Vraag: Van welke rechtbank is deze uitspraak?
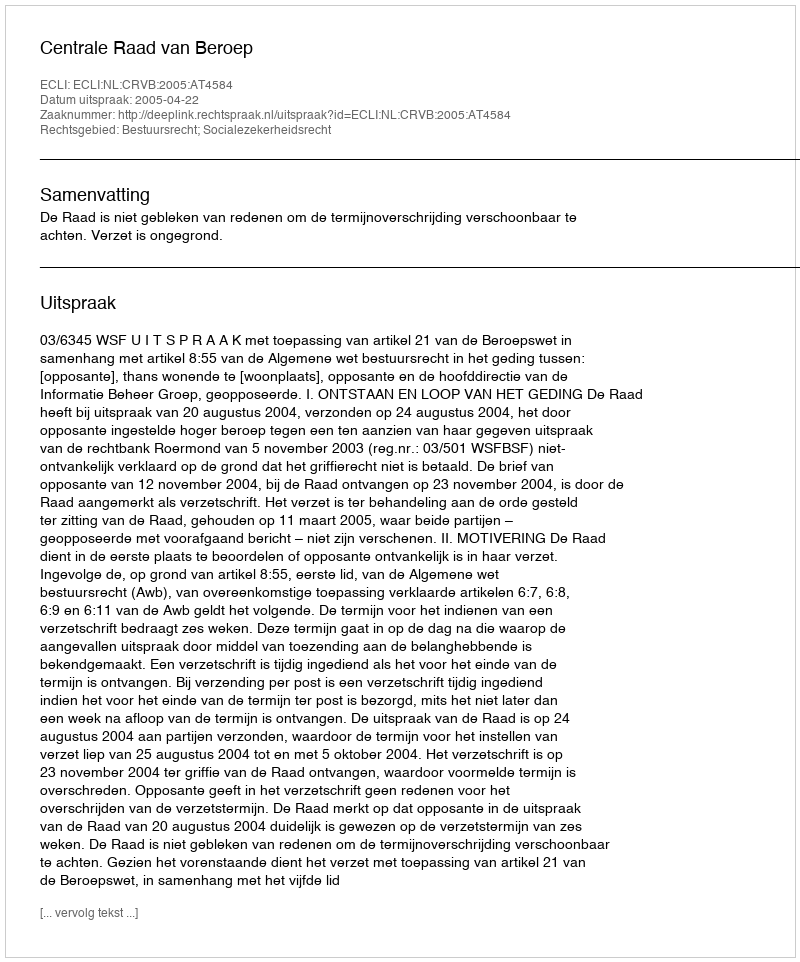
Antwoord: Centrale Raad van Beroep